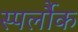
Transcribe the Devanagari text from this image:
स्पर्लौक